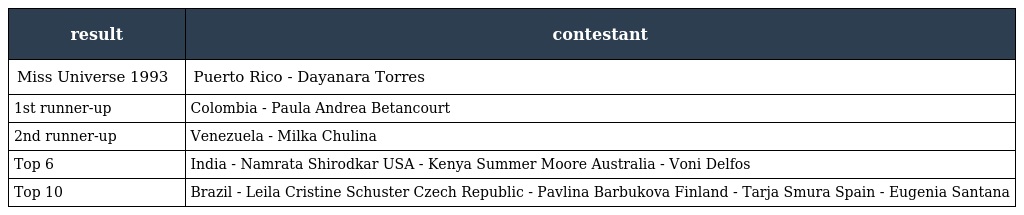
| result | contestant |
 | --- | --- |
 | Miss Universe 1993 | Puerto Rico - Dayanara Torres |
 | 1st runner-up | Colombia - Paula Andrea Betancourt |
 | 2nd runner-up | Venezuela - Milka Chulina |
 | Top 6 | India - Namrata Shirodkar USA - Kenya Summer Moore Australia - Voni Delfos |
 | Top 10 | Brazil - Leila Cristine Schuster Czech Republic - Pavlina Barbukova Finland - Tarja Smura Spain - Eugenia Santana |